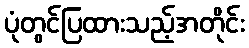
ပုံတွင်ပြထားသည့်အတိုင်း